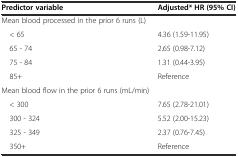
| Predictor variable | Adjusted* HR (95% CI) |
 | --- | --- |
 | Mean blood processed in the prior 6 runs (L) |  |
 | < 65 | 4.36 (1.59-11.95) |
 | 65 - 74 | 2.65 (0.98-7.12) |
 | 75 - 84 | 1.31 (0.44-3.95) |
 | 85+ | Reference |
 | Mean blood flow in the prior 6 runs (mL/min) |  |
 | < 300 | 7.65 (2.78-21.01) |
 | 300 - 324 | 5.52 (2.00-15.23) |
 | 325 - 349 | 2.37 (0.76-7.45) |
 | 350+ | Reference |